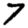
Digit: 7